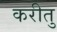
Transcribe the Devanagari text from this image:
करीतु